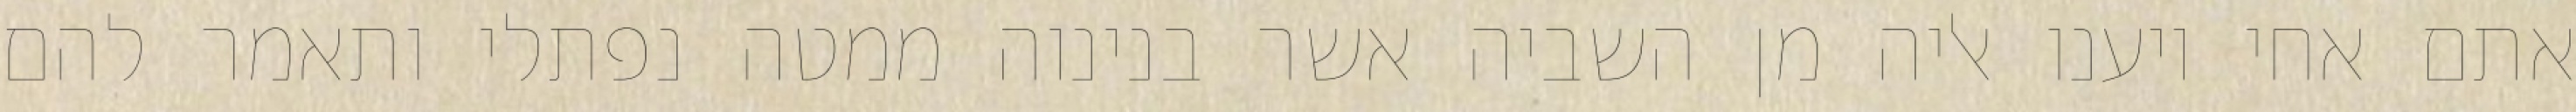
אתם אחי ויענו אליה מן השביה אשר בנינוה ממטה נפתלי ותאמר להם